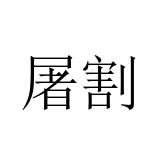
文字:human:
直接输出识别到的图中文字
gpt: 屠割